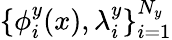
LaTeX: \{ \phi_{i}^{y}(x),\lambda_{i}^{y}\} _{i=1}^{N_{y}}